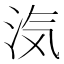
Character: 𭰑